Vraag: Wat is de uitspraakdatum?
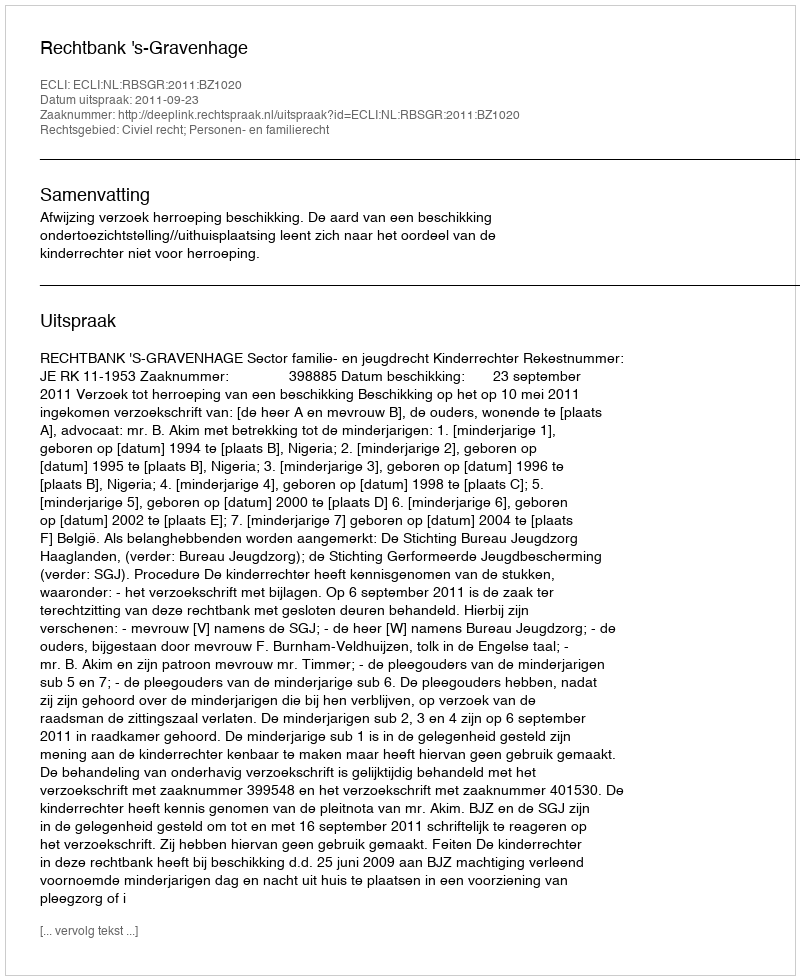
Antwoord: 2011-09-23